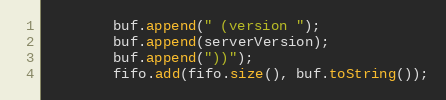
Language: Java
        buf.append(" (version ");
        buf.append(serverVersion);
        buf.append("))");
        fifo.add(fifo.size(), buf.toString());